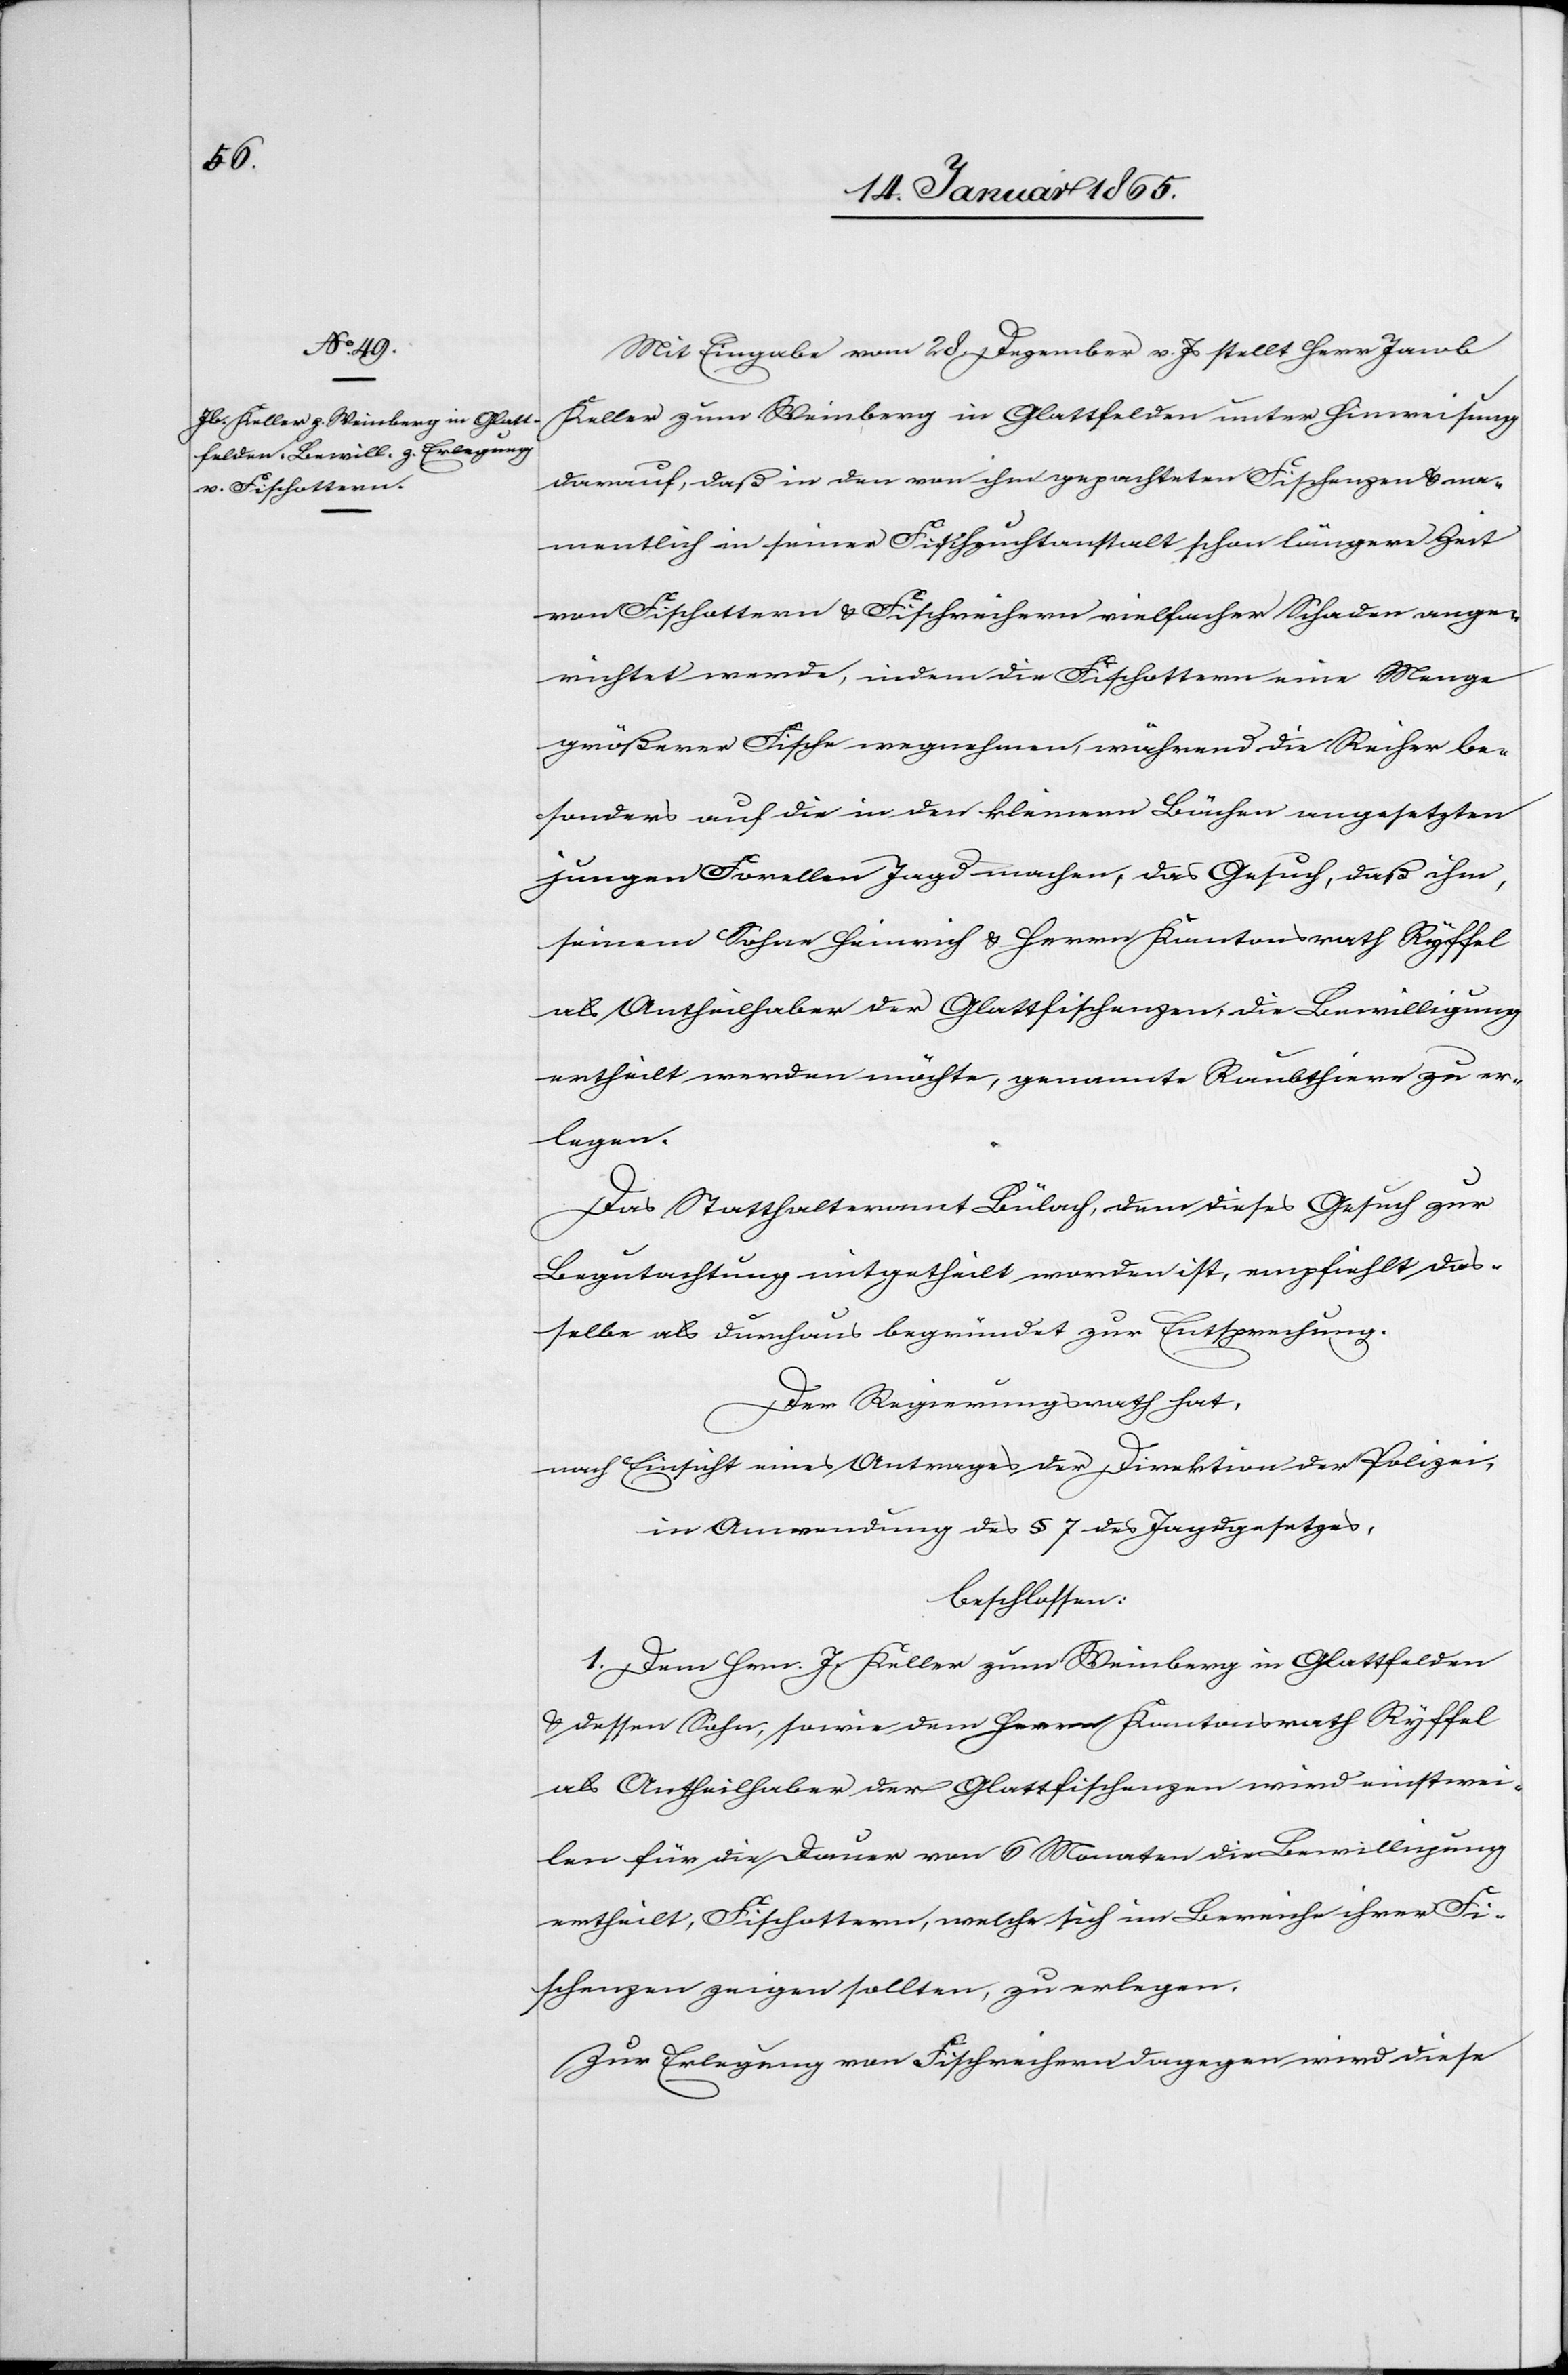
Mit Eingabe vom 28. Dezember v. Js stellt Herr Jacob
Keller zum Weinberg in Glattfelden unter Hinweisung
darauf, daß in den von ihm gepachteten Fischenzen u. na¬
mentlich in seiner Fischzuchtanstalt schon längere Zeit
von Fischottern u. Fischreihern vielfacher Schaden ange¬
richtet werde, indem die Fischottern eine Menge
größerer Fische wegnehmen, während die Reiher be¬
sonders auf die in den kleinern Bächen angesetzten
jungen Forellen Jagd machen, das Gesuch, daß ihm,
seinem Sohne Heinrich u. Herrn Kantonsrath Ryffel
als Antheilhaber der Glattfischenzen, die Bewilligung
ertheilt werden möchte, genannte Raubthiere zu er¬
legen.
Das Statthalteramt Bülach, dem dieses Gesuch zur
Begutachtung mitgetheilt worden ist, empfiehlt das¬
selbe als durchaus begründet zur Entsprechung.
Der Regierungsrath hat,
nach Einsicht eines Antrages der Direktion der Polizei,
in Anwendung des § 7 des Jagdgesetzes,
beschlossen:
1. Dem Hrn. J. Keller zum Weinberg in Glattfelden
u. dessen Sohn, sowie dem Herrn Kantonsrath Ryffel
als Antheilhaber der Glattfischenzen wird einstwei¬
len für die Dauer von 6 Monaten die Bewilligung
ertheilt, Fischottern, welche sich im Bereiche ihrer Fi¬
schenzen zeigen sollten, zu erlegen.
Zur Erlegung von Fischreihern dagegen wird diese